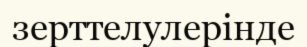
зерттелулерінде